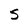
Character: S